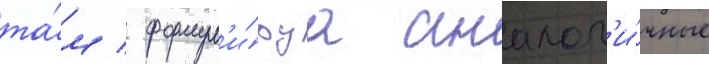
та́м / формул'и́руа аналог'и́чные